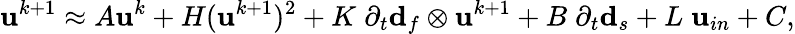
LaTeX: \mathbf{u}^{k+1}\approx A\mathbf{u}^{k}+H(\mathbf{u}^{k+1})^{2}+K\; \partial_{t}\mathbf{d}_{f}\otimes\mathbf{u}^{k+1}+B\; \partial_{t}\mathbf{d}_{s}+L\; \mathbf{u}_{in}+C,